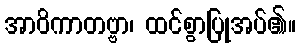
အာဝိကာတဗ္ဗာ၊ ထင်စွာပြုအပ်၏။